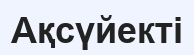
Ақсүйекті